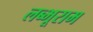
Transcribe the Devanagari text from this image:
लब्भूराम